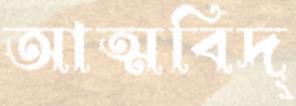
আত্মবিদ্‌